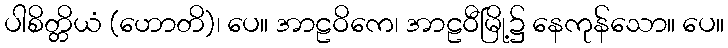
ပါစိတ္တိယံ (ဟောတိ)၊ ပေ။ အာဠဝိကေ၊ အာဠဝီမြို့၌ နေကုန်သော။ ပေ။